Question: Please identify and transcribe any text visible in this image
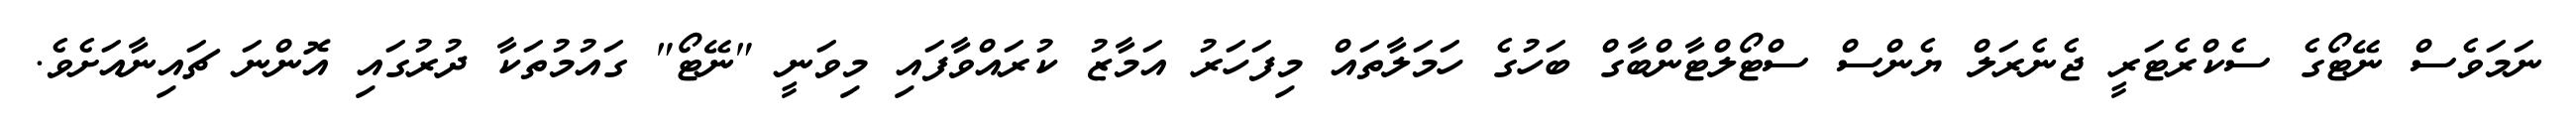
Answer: ނަމަވެސް ނޭޓޯގެ ސެކްރެޓަރީ ޖެނެރަލް ޔެންސް ސްޓޯލްޓާންބާގް ބަހުގެ ހަމަލާތައް މިފަހަރު އަމާޒު ކުރައްވާފައި މިވަނީ "ނޭޓޯ" ގައުމުތަކާ ދުރުގައި އޮންނަ ޗައިނާއަށެވެ.